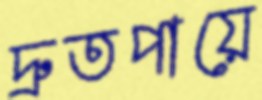
দ্রুতপায়ে